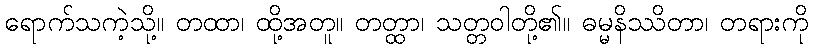
ရောက်သကဲ့သို့။ တထာ၊ ထို့အတူ။ တတ္ထာ၊ သတ္တဝါတို့၏။ ဓမ္မနိဿိတာ၊ တရားကို